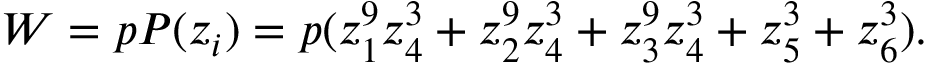
W = p P ( z _ { i } ) = p ( z _ { 1 } ^ { 9 } z _ { 4 } ^ { 3 } + z _ { 2 } ^ { 9 } z _ { 4 } ^ { 3 } + z _ { 3 } ^ { 9 } z _ { 4 } ^ { 3 } + z _ { 5 } ^ { 3 } + z _ { 6 } ^ { 3 } ) .